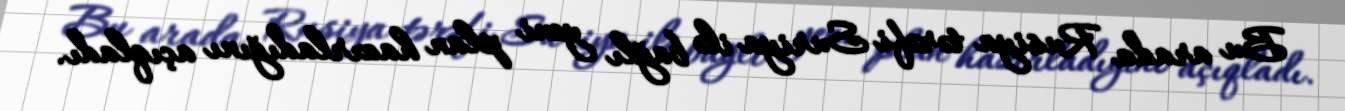
Bu arada Rusiya tərəfi Suriya ilə bağlı yeni plan hazırladığını açıqladı.